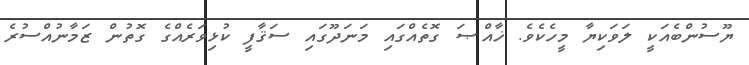
ޔޫސުންބެއަކީ ލަވަކިޔާ މީހެކެވެ. ޚާއްޞަ ގޮތެއްގައި މަނަދޫގައި ސަޤާފީ ކުޅިވަރެއްގެ ގޮތުން ޒަމާނުއްސުރެ